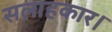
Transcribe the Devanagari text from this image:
सलाहकार।